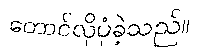
တောင်လိုပုံခဲ့သည်။